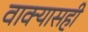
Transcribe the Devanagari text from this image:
वाक्यासही